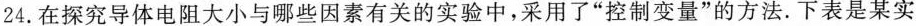
24.在探究导体电阻大小与哪些因素有关的实验中，采用了”控制变量”的方法。下表是某实